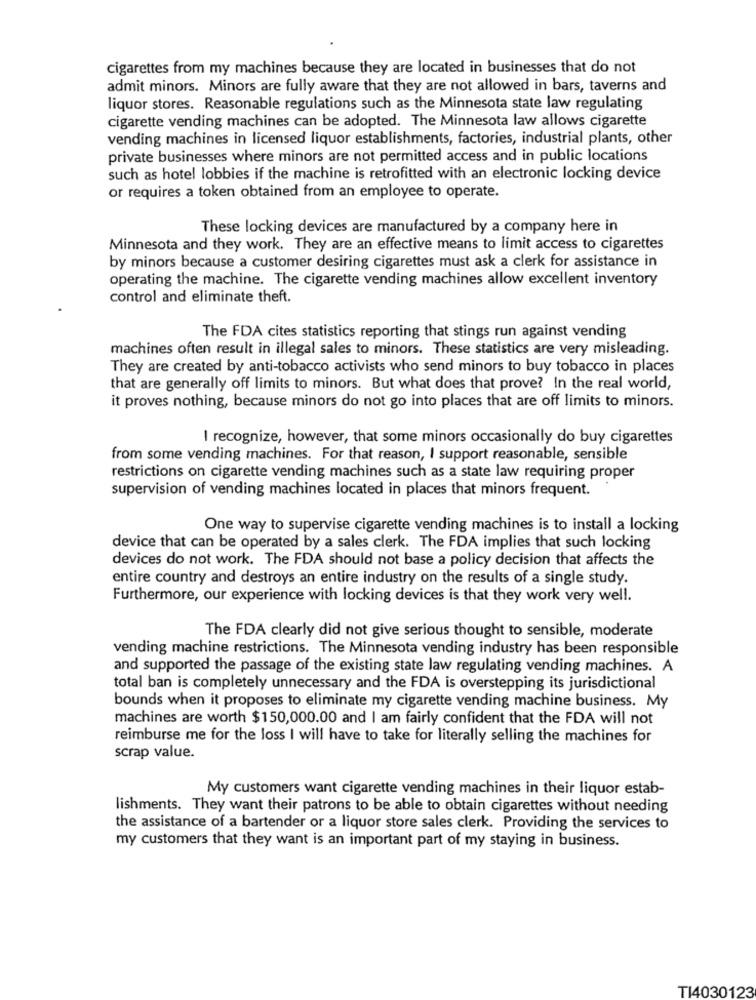
cigarettes from my machines because they are located in businesses that do not
admit minors. Minors are fully aware that they are not allowed in bars, taverns and
liquor stores. Reasonable regulations such as the Minnesota state law regulating
cigarette vending machines can be adopted. The Minnesota law allows cigarette
vending machines in licensed liquor establishments, factories, industrial plants, other
private businesses where minors are not permitted access and in public locations
such as hotel lobbies if the machine is retrofitted with an electronic locking device
or requires a token obtained from an employee to operate.
These locking devices are manufactured by a company here in
Minnesota and they work. They are an effective means to limit access to cigarettes
by minors because a customer desiring cigarettes must ask a clerk for assistance in
operating the machine. The cigarette vending machines allow excellent inventory
control and eliminate theft.
The FDA cites statistics reporting that stings run against vending
machines often result in illegal sales to minors. These statistics are very misleading.
They are created by anti-tobacco activists who send minors to buy tobacco in places
that are generally off limits to minors. But what does that prove? In the real world,
it proves nothing, because minors do not go into places that are off limits to minors.
I recognize, however, that some minors occasionally do buy cigarettes
from some vending machines. For that reason, I support reasonable, sensible
restrictions on cigarette vending machines such as a state law requiring proper
supervision of vending machines located in places that minors frequent.
One way to supervise cigarette vending machines is to install a locking
device that can be operated by a sales clerk. The FDA implies that such locking
devices do not work. The FDA should not base a policy decision that affects the
entire country and destroys an entire industry on the results of a single study.
Furthermore, our experience with locking devices is that they work very well.
The FDA clearly did not give serious thought to sensible, moderate
vending machine restrictions. The Minnesota vending industry has been responsible
and supported the passage of the existing state law regulating vending machines. A
total ban is completely unnecessary and the FDA is overstepping its jurisdictional
bounds when it proposes to eliminate my cigarette vending machine business. My
machines are worth $150,000.00 and I am fairly confident that the FDA will not
reimburse me for the loss I will have to take for literally selling the machines for
scrap value.
My customers want cigarette vending machines in their liquor estab-
lishments. They want their patrons to be able to obtain cigarettes without needing
the assistance of a bartender or a liquor store sales clerk. Providing the services to
my customers that they want is an important part of my staying in business.
TI4030123